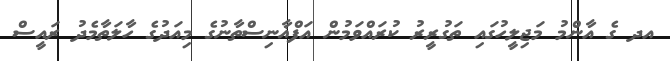
އދ ގެ އާންމު މަޖިލީހުގައި ތަގުރީރު ކުރައްވަމުން އަފްޣާނިސްތާނުގެ މިއަދުގެ ހާލަތާމެދު ރައީސް